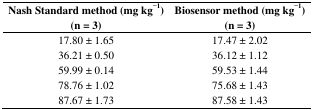
| Nash Standard method (mg kg−1) (n = 3) | Biosensor method (mg kg−1) (n = 3) |
 | --- | --- |
 | 17.80 ± 1.65 | 17.47 ± 2.02 |
 | 36.21 ± 0.50 | 36.12 ± 1.12 |
 | 59.99 ± 0.14 | 59.53 ± 1.44 |
 | 78.76 ± 1.02 | 75.68 ± 1.43 |
 | 87.67 ± 1.73 | 87.58 ± 1.43 |